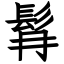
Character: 髥